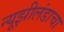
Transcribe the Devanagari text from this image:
न्यूझीलंडाचा